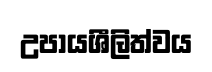
උපායශීලිත්වය